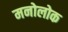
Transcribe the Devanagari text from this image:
मनोलोक